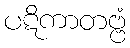
ပဋိကာတဗ္ဗံ